Annual report on the health of the army in India
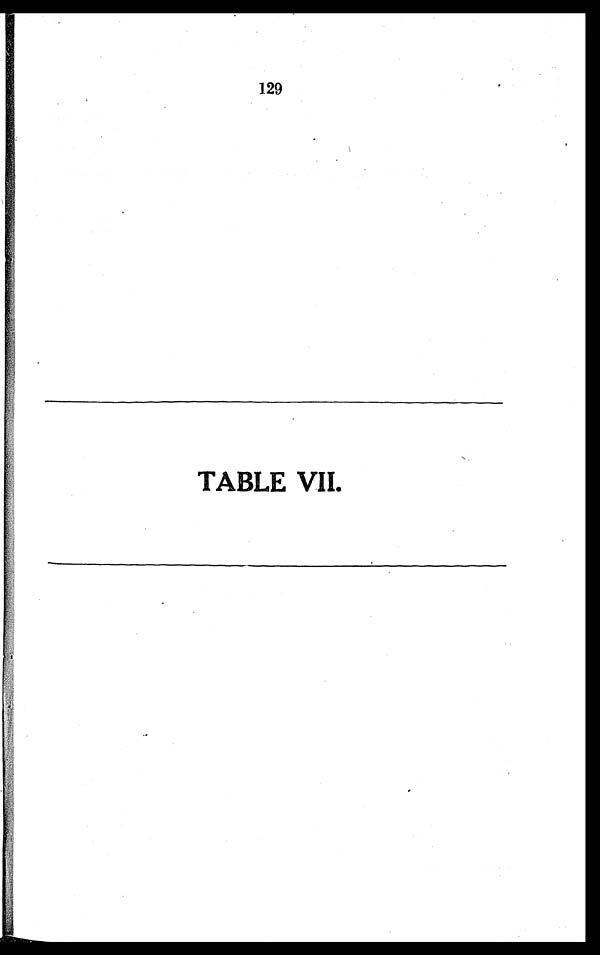
129
TABLE VII.